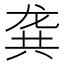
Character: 龚